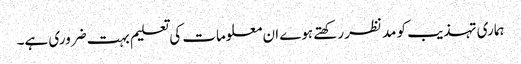
ہماری تہذیب کو مدنظر رکھتے ہوے ان معلومات کی تعلیم بہت ضروری ہے۔